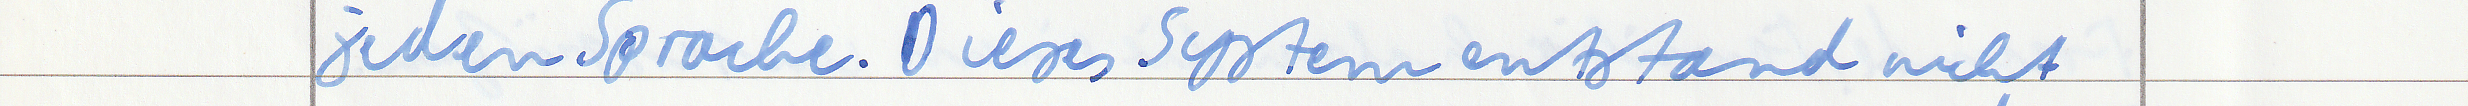
jeden Sprache. Dieses System entstand nicht